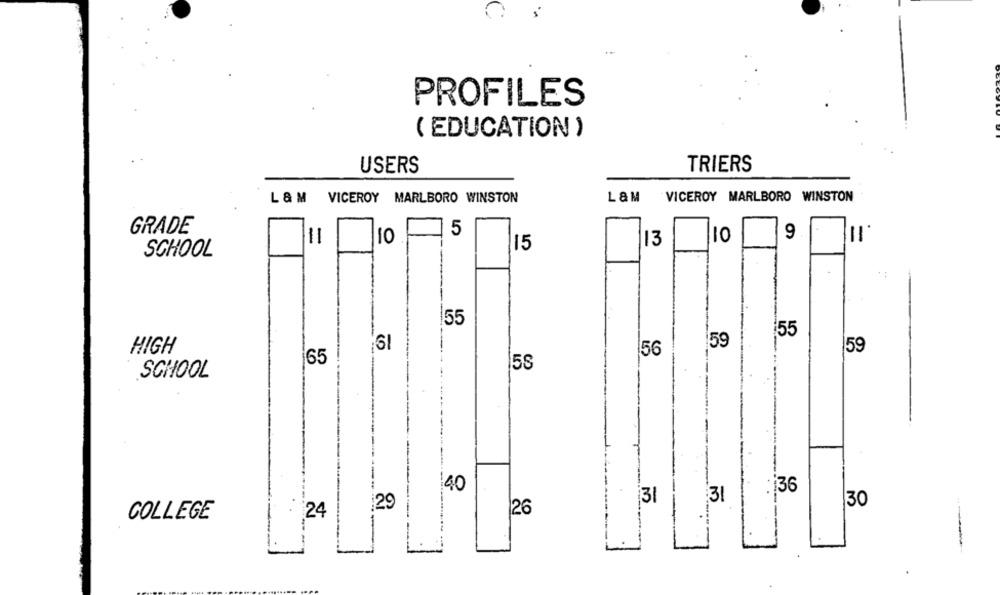
PROFILES
( EDUCATION )
USERS
TRIERS
L & M VICEROY MARLBORO WINSTON
L& M
VICEROY MARLBORO WINSTON
GRADE
5
9
10
13
10
15
SCHOOL
55
:55
59
HIGH
156
65
58
SCHOOL
:40
.36
31
31
29
30
26
COLLEGE
#24